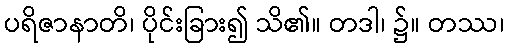
ပရိဇာနာတိ၊ ပိုင်းခြား၍ သိ၏။ တဒါ၊ ၌။ တဿ၊